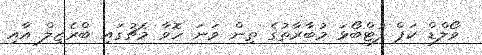
ވޯލްޑް ކަޕް ފުޓްބޯޅަ މުބާރާތުގެ ތިން ވަނަ ހޮވާ މެޗުގައި ބްރެޒިލް އާއި